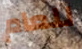
للعام